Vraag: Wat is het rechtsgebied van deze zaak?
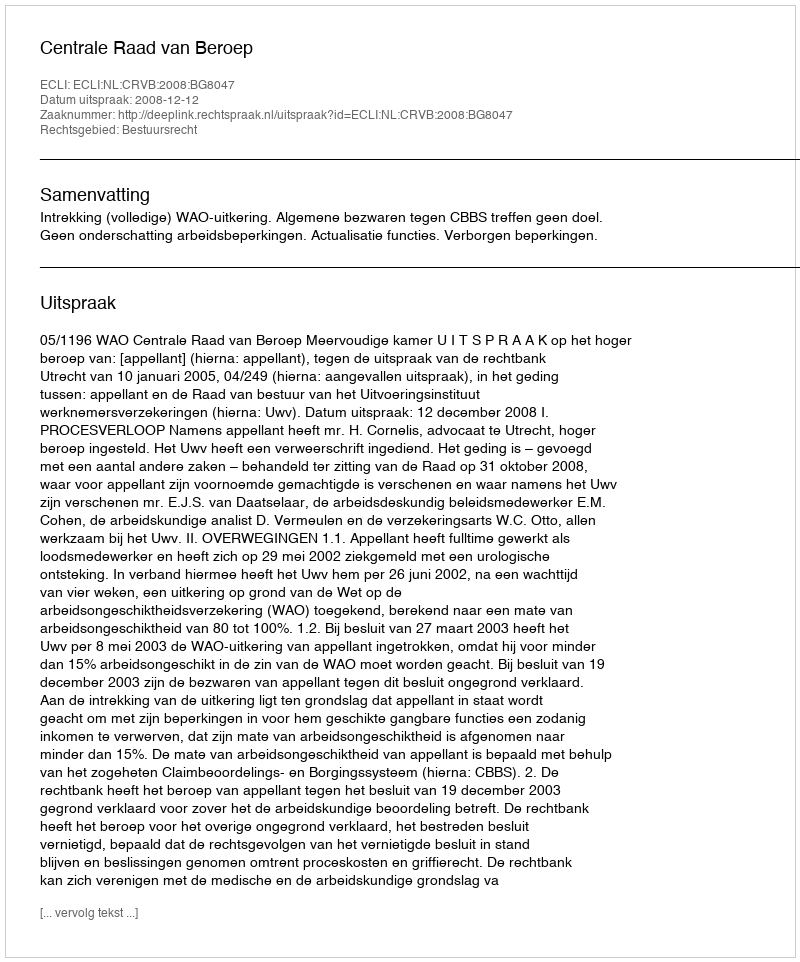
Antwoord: Bestuursrecht